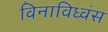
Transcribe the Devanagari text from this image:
विनाविध्वंस